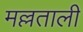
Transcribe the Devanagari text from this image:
मल्लताली